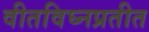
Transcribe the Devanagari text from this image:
वीतविघ्नप्रतीत